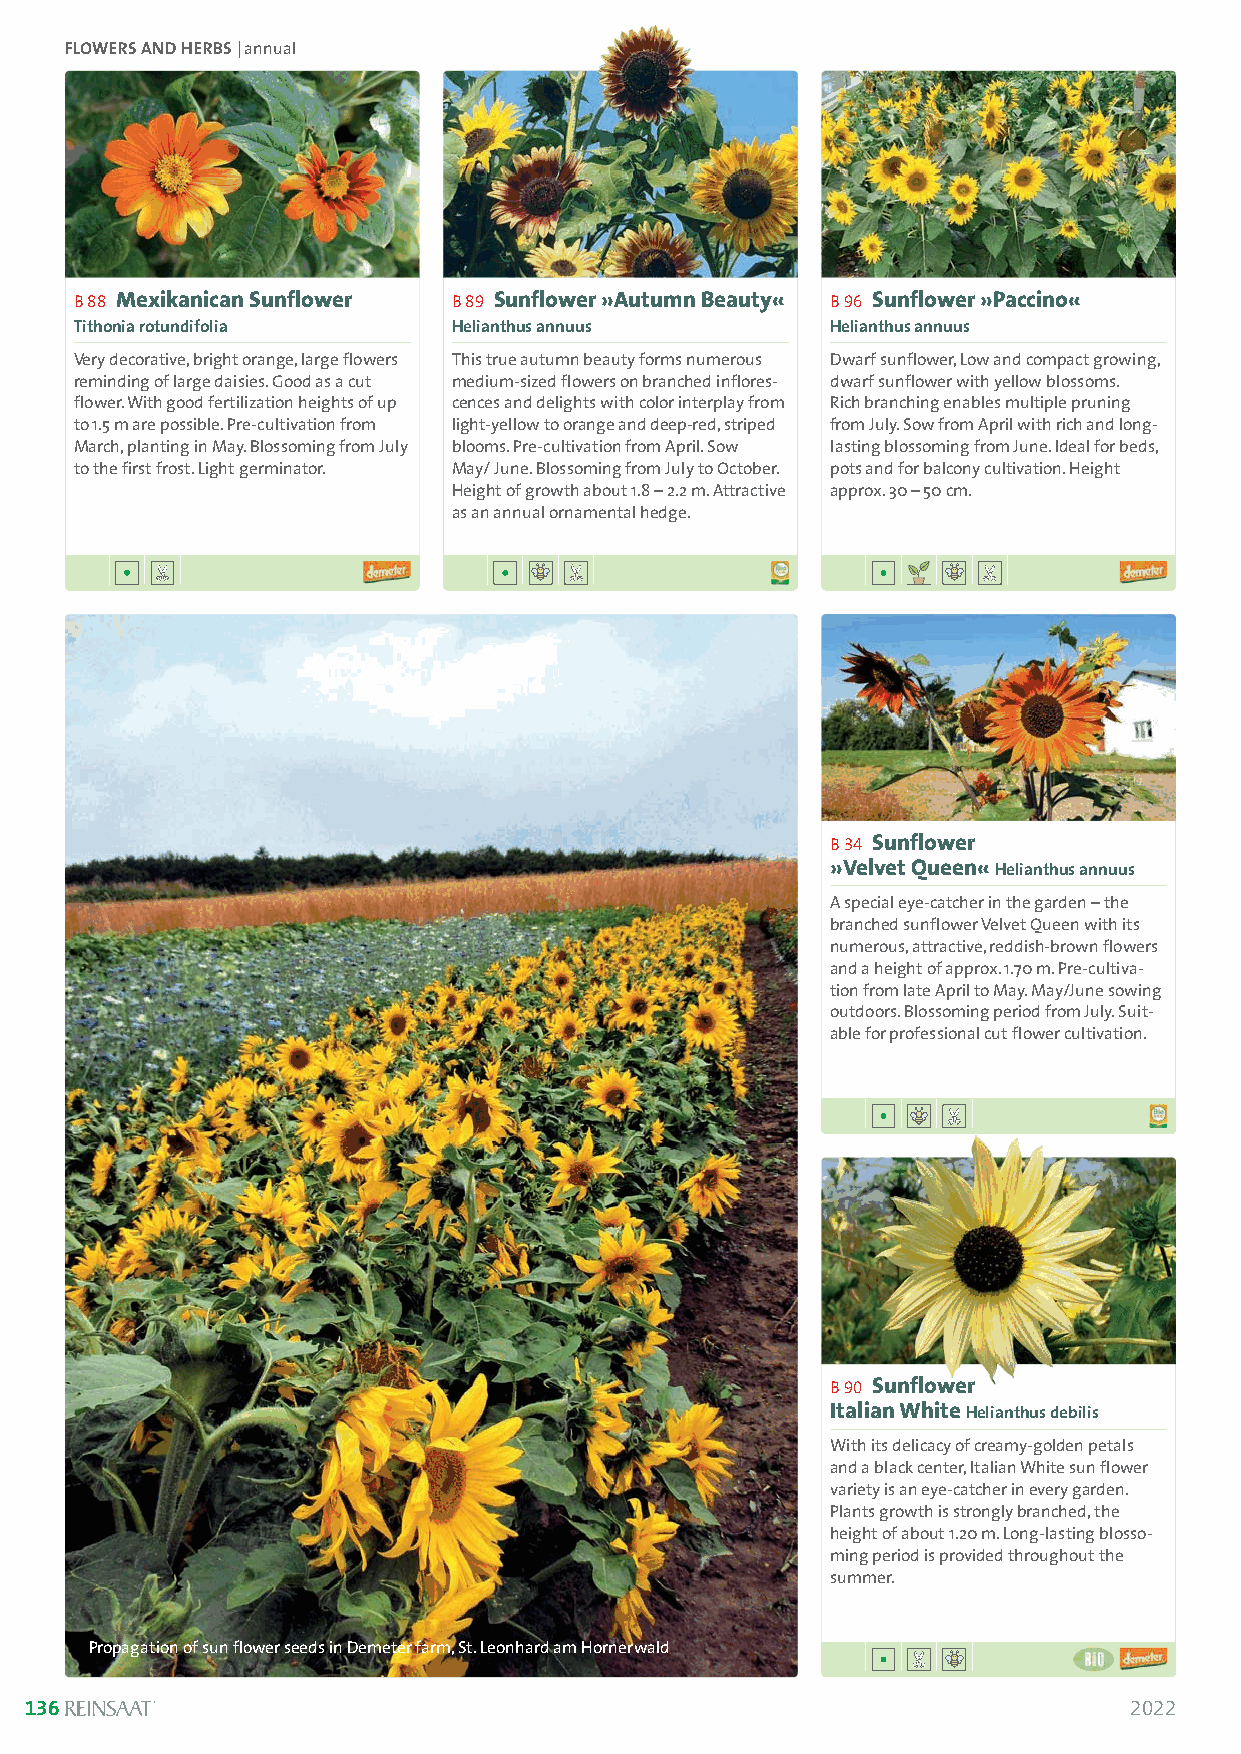
FLOWERS AND HERBS | annual
 B 88 Mexikanican Sunflower B 89 Sunflower »Autumn Beauty« B 96 Sunflower »Paccino«
 Tithonia rotundifolia    Helianthus annuus        Helianthus annuus
 Very decorative, bright orange, large flowers This true autumn beauty forms numerous Dwarf sunflower, Low and compact growing,
 reminding of large daisies. Good as a cut medium-sized flowers on branched inflores- dwarf sunflower with yellow blossoms.
 flower. With good fertilization heights of up cences and delights with color interplay from Rich branching enables multiple pruning
 to 1.5 m are possible. Pre-cultivation from light-yellow to orange and deep-red, striped from July. Sow from April with rich and long-
 March, planting in May. Blossoming from July blooms. Pre-cultivation from April. Sow lasting blossoming from June. Ideal for beds,
 to the first frost. Light germinator. May/ June. Blossoming from July to October. pots and for balcony cultivation. Height
 Height of growth about 1.8 – 2.2 m. Attractive approx. 30 –50 cm.
 as an annual ornamental hedge.
 B 34 Sunflower
 »Velvet Queen« Helianthus annuus
 A special eye-catcher in the garden –the
 branched sunflower Velvet Queen with its
 numerous, attractive, reddish-brown flowers
 and a height of approx. 1.70 m. Pre-cultiva-
 tion from late April to May. May/June sowing
 outdoors. Blossoming period from July. Suit-
 able for professional cut flower cultivation.
 B 90 Sunflower
 Italian White Helianthus debilis
 With its delicacy of creamy-golden petals
 and a black center, Italian White sun flower
 variety is an eye-catcher in every garden.
 Plants growth is strongly branched, the
 height of about 1.20 m. Long-lasting blosso-
 ming period is provided throughout the
 summer.
 Propagation of sun flower seeds in Demeter farm, St. Leonhard am Hornerwald
 136                                                                      2022